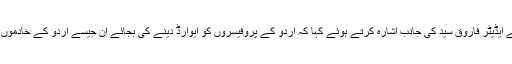
انہوں نے گل بوٹے کے ایڈیٹر فاروق سید کی جانب اشارہ کرتے ہوئے کہا کہ اردو کے پروفیسروں کو ایوارڈ دینے کی بجائے ان جیسے اردو کے خادموں کو ایوارڈ ملنا چاہیے ۔